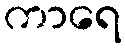
ကာရေ